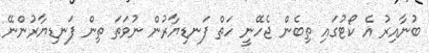
ބުނާއިރު އެ ކޯޓުގައި ތިބެން ޖެހޭނީ ހަތް ފަނޑިޔާރުން ނުވަތަ ތިން ފަނޑިޔާރުންނޭ